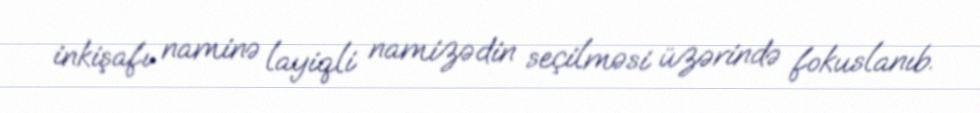
inkişafı naminə layiqli namizədin seçilməsi üzərində fokuslanıb.